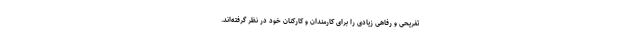
تفریحی و رفاهی زیادی را برای کارمندان و کارکنان خود در نظر گرفته‌اند.